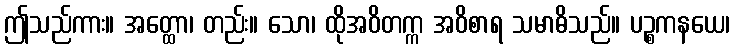
ဤသည်ကား။ အတ္ထော၊ တည်း။ သော၊ ထိုအဝိတက္က အဝိစာရ သမာဓိသည်။ ပဉ္စကနယေ၊